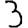
Digit: 3